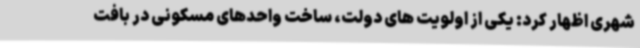
شهری اظهار کرد: یکی از اولویت های دولت، ساخت واحدهای مسکونی در بافت